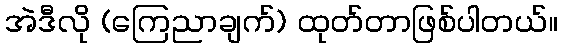
အဲဒီလို (ကြေညာချက်) ထုတ်တာဖြစ်ပါတယ်။